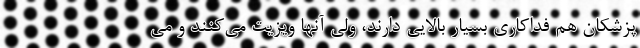
پزشکان هم فداکاری بسیار بالایی دارند، ولی آنها ویزیت می‌کنند و می